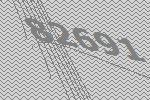
82691